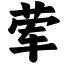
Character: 荤